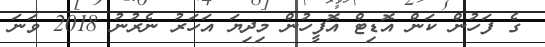
ގެ ފަހުން ކަން އޮޑިޓް އޮފީހުން މިދިޔަ އަހަރު ނެރުނު 2018 ވަނަ